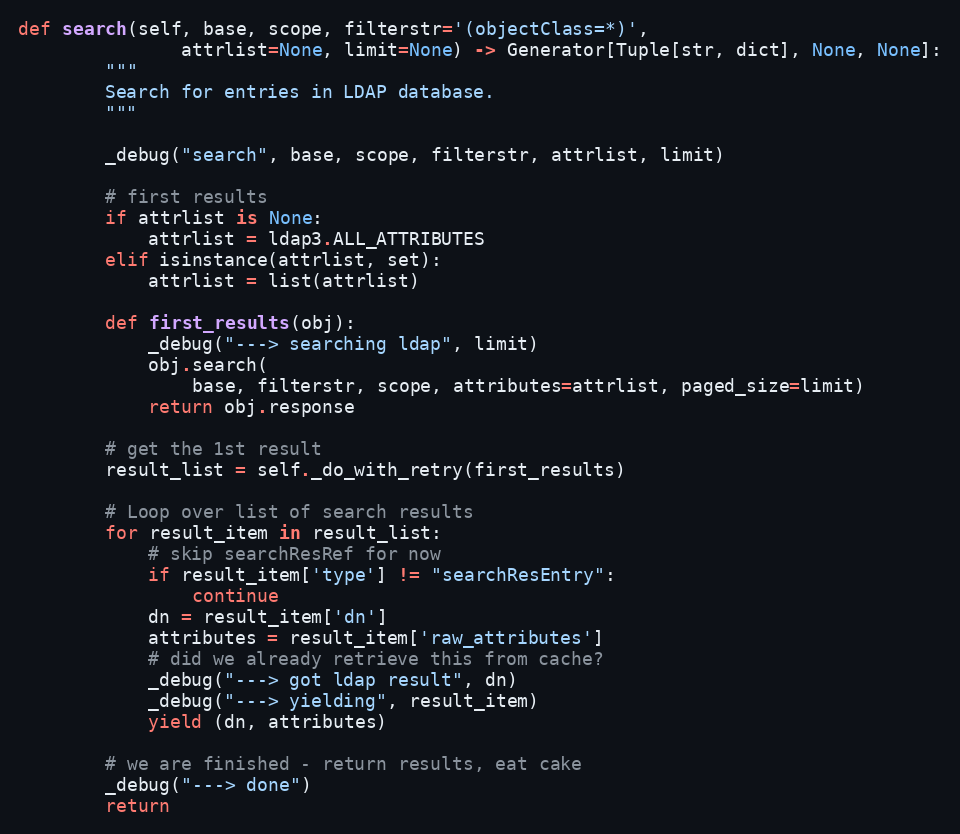
Language: Python
def search(self, base, scope, filterstr='(objectClass=*)',
               attrlist=None, limit=None) -> Generator[Tuple[str, dict], None, None]:
        """
        Search for entries in LDAP database.
        """

        _debug("search", base, scope, filterstr, attrlist, limit)

        # first results
        if attrlist is None:
            attrlist = ldap3.ALL_ATTRIBUTES
        elif isinstance(attrlist, set):
            attrlist = list(attrlist)

        def first_results(obj):
            _debug("---> searching ldap", limit)
            obj.search(
                base, filterstr, scope, attributes=attrlist, paged_size=limit)
            return obj.response

        # get the 1st result
        result_list = self._do_with_retry(first_results)

        # Loop over list of search results
        for result_item in result_list:
            # skip searchResRef for now
            if result_item['type'] != "searchResEntry":
                continue
            dn = result_item['dn']
            attributes = result_item['raw_attributes']
            # did we already retrieve this from cache?
            _debug("---> got ldap result", dn)
            _debug("---> yielding", result_item)
            yield (dn, attributes)

        # we are finished - return results, eat cake
        _debug("---> done")
        return